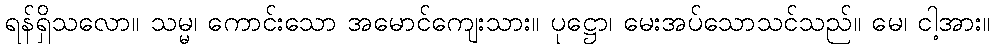
ရန်ရှိသလော။ သမ္မ၊ ကောင်းသော အမောင်ကျေးသား။ ပုဋ္ဌော၊ မေးအပ်သောသင်သည်။ မေ၊ ငါ့အား။